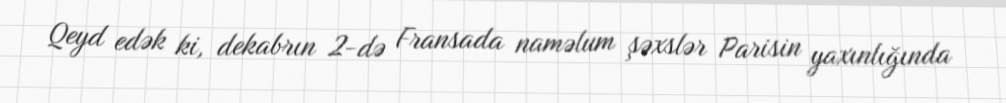
Qeyd edək ki, dekabrın 2-də Fransada naməlum şəxslər Parisin yaxınlığında